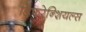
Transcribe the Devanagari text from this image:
डिफरेन्शियल्स